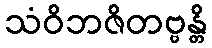
သံဝိဘဇိတဗ္ဗန္တိ